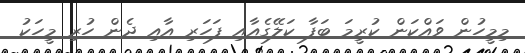
މިމީހުން ވައްކަން ކުރީމަ ބަފާ ކަލޭގެއާއި ފަހަރި އާއި ދެން ހުރި މީހަކު